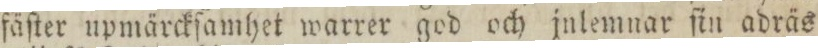
fäſter upmärckſamhet warrer god och jnlemnar ſin adräs